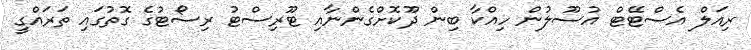
ރިއަލް އެސްޓޭޓް އުސޫލުން ހިއްކާ ބިން ދޫކޮށްގެންނާއި ޓޫރިސްޓު ރިސޯޓުގެ ގޮތުގައި ތަރައްގީ